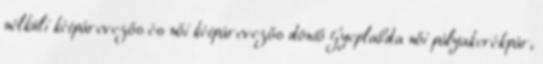
nélküli kétpárevezős és női kétpárevezős döntő Gyeplabda női pályakerékpár,